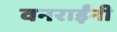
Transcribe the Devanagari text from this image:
वनराईंनी